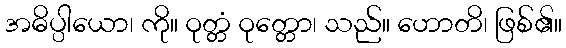
အဓိပ္ပါယော၊ ကို။ ဝုတ္တံ ဝုတ္တော၊ သည်။ ဟောတိ၊ ဖြစ်၏။